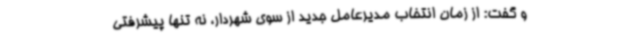
و گفت: از زمان انتخاب مدیرعامل جدید از سوی شهردار، نه تنها پیشرفتی